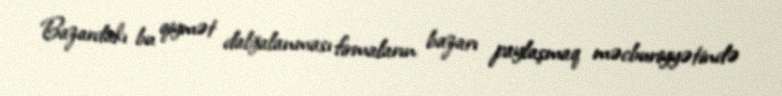
Bazardakı bu qiymət dalğalanması firmaların bazarı paylaşmaq məcburiyyətində